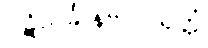
ပဋိသင်္ခါနဗလသုတ္တံ